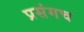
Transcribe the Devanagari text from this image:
प्रसंगच